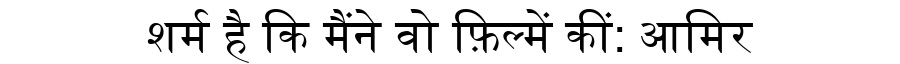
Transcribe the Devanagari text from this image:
शर्म है कि मैंने वो फ़िल्में कीं: आमिर